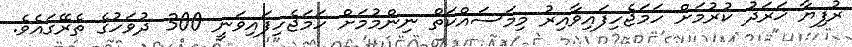
ރުފިޔާ ޚަރަދު ކުރުމަށް ހަމަޖެހިފައިވާއިރު މިމަސައްކަތް ނިންމުމަށް ހަމަޖެހިފައިވަނީ 300 ދުވަހުގެ ތެރޭގައެވެ.